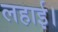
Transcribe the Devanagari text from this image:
लहाई।